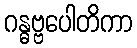
ဂန္ဓဗ္ဗပေါတိကာ